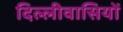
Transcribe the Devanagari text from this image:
दिल्लीवासियों